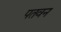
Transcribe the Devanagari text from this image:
पतवन